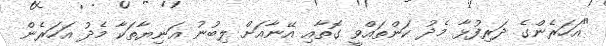
"އަހަރެންގެ ދަރިފުޅާ މެދު ކަންތައްވީ ގޮތާއި އޭނާއަށް ލިބުނު އަނިޔާތަކާ މެދު އަހަރެން